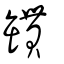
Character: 罆